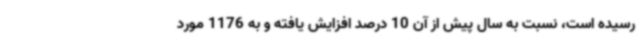
رسیده است، نسبت به سال پیش از آن 10 درصد افزایش یافته و به 1176 مورد